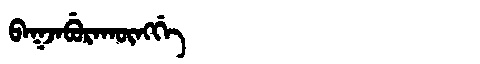
Manchu: ᠪᠠᡴᠵᠠᠪᡠᡵᠠᡴᡡᠩᡤᡝ
Romanization: BAKJABURAKŪNGGE